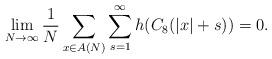
LaTeX: \begin{align*}\lim_{N\to\infty}\frac1N\sum_{x\in A(N)}\sum_{s=1}^{\infty}h(C_8(|x|+s))=0.\end{align*}